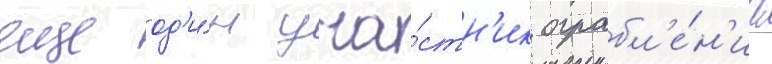
еще од'и́н уча́стн'ик ограбл'е́н'иа